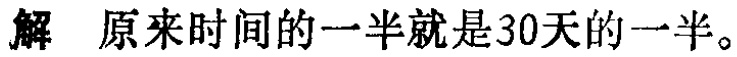
解 原来时间的一半就是30天的一半。